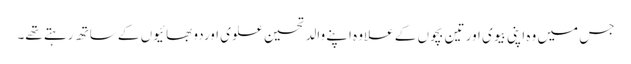
جس میں وہ اپنی بیوی اور تین بچوں کے علاوہ اپنے والد تحسین علوی اوردو بھائیوں کے ساتھ رہتے تھے۔